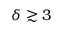
\delta \gtrsim 3